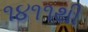
૧૪૧૧થી